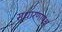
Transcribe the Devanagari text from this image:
सुधारणापक्ष